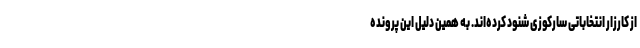
از کارزار انتخاباتی سارکوزی شنود کرده‌اند. به همین دلیل این پرونده